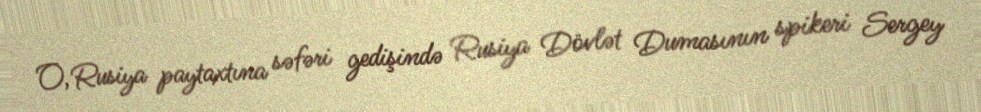
O, Rusiya paytaxtına səfəri gedişində Rusiya Dövlət Dumasının spikeri Sergey